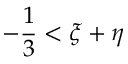
- { \frac { 1 } { 3 } } < \xi + \eta